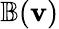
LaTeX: \mathbb{B}(\mathbf{v})